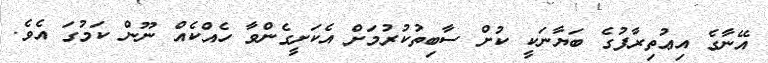
އޭނާގެ އިޢުތިރާފުގެ ބަޔާނަކީ ކުށް ސާބިތުކުރުމަށް އެކަށީގެންވާ ހެއްކެއް ނޫން ކަމުގަ އެވެ.